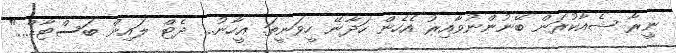
ނީރާ ޝެއާކުރަން ބޭނުންނުވާއިރު އެހެން ހަދާނޭ ހީވަނީތަ. އީހާނު... ދެޓް ލައިން ބަސްޓާޑް..."